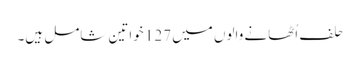
حلف اُٹھانے والوں میں 127 خواتین شامل ہیں۔